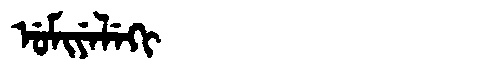
Manchu: ᡠᠮᡳᠶᡝᠯᡝᡴᡳ
Romanization: UMIYELEKI